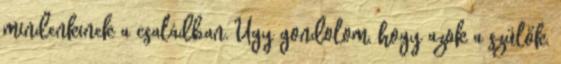
mindenkinek a családban. Úgy gondolom, hogy azok a szülők,